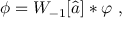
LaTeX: \phi = { \cal W } _ { - 1 } [ \widehat { a } ] \ast \varphi \ ,